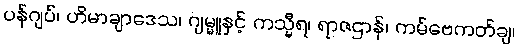
ပန်ဂျပ်၊ ဟိမာချာဒေသ၊ ဂျမ္မူနှင့် ကသ္မီရ၊ ရာဇဌာန်၊ ကမ်ဗေကတ်ချ၊